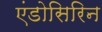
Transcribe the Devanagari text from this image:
एंडोसिरिन